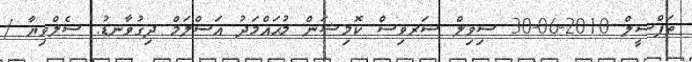
ތަފްސީލް 2010-06-30 ސިވިލް ސަރވިސް ކޮމިޝަން މުޙައްމަދު އަސްލަމް ދިގުވާނޑު. ސެލްވިޔާ /